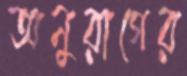
অনুরাগের